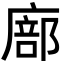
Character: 廍